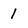
Character: 1